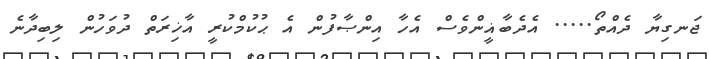
ޖަނގިޔާ ދެއްތޯ..... އެދެބާޣީންވެސް އެހާ އިންޞާފުން އެ ޙުކުމްކުރީ އާޚިރަތް ދުވަހުން ލިބިދާނެ